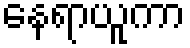
နေရာယူကာ